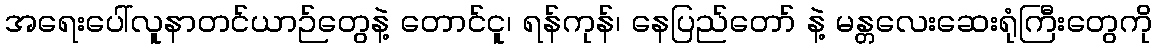
အရေးပေါ်လူနာတင်ယာဉ်တွေနဲ့ တောင်ငူ၊ ရန်ကုန်၊ နေပြည်တော် နဲ့ မန္တလေးဆေးရုံကြီးတွေကို